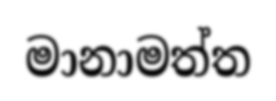
මානාමත්ත